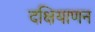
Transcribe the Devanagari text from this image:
दक्षियाणन